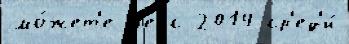
мо́жет'е В'ерс 2014 ср'ед'и́